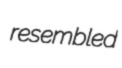
resembled